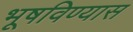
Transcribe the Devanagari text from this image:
भूषविण्यास